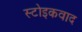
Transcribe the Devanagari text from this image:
स्टोइकवाद